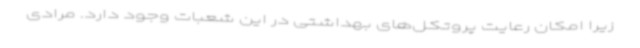
زیرا امکان رعایت پروتکل‌های بهداشتی در این شعبات وجود دارد. مرادی